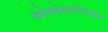
એએસબીઆર